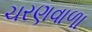
ચરણવાળા